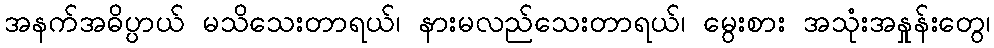
အနက်အဓိပ္ပာယ် မသိသေးတာရယ်၊ နားမလည်သေးတာရယ်၊ မွေးစား အသုံးအနှုန်းတွေ၊